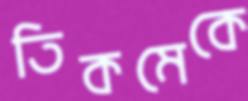
তিকমেকে